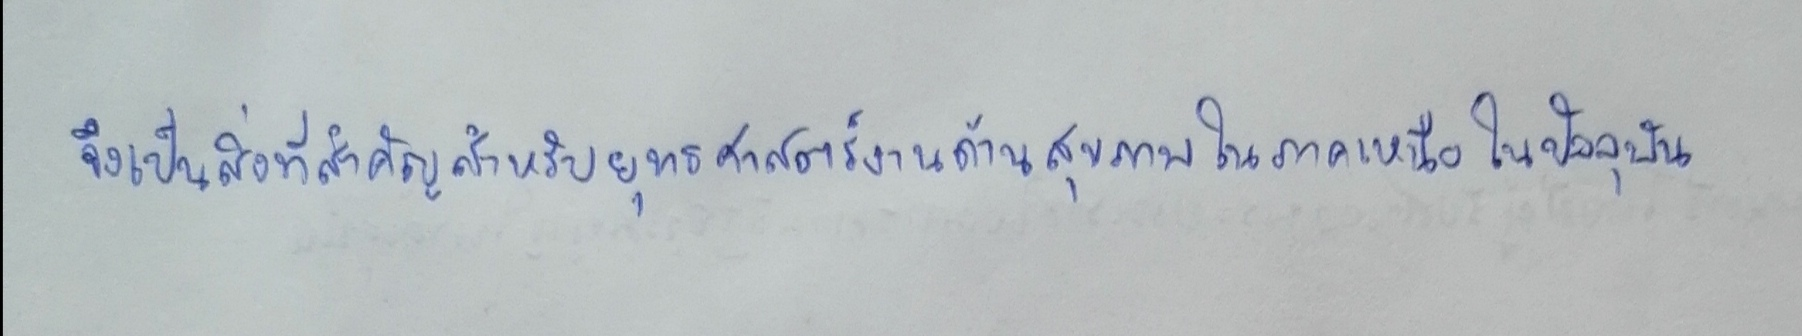
จึงเป็นโจทย์ที่สำคัญสำหรับยุทธศาสตร์งานด้านสุขภาพในภาคเหนือในปัจจุบัน